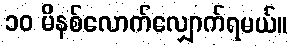
၁၀ မိနစ်လောက်လျှောက်ရမယ်။